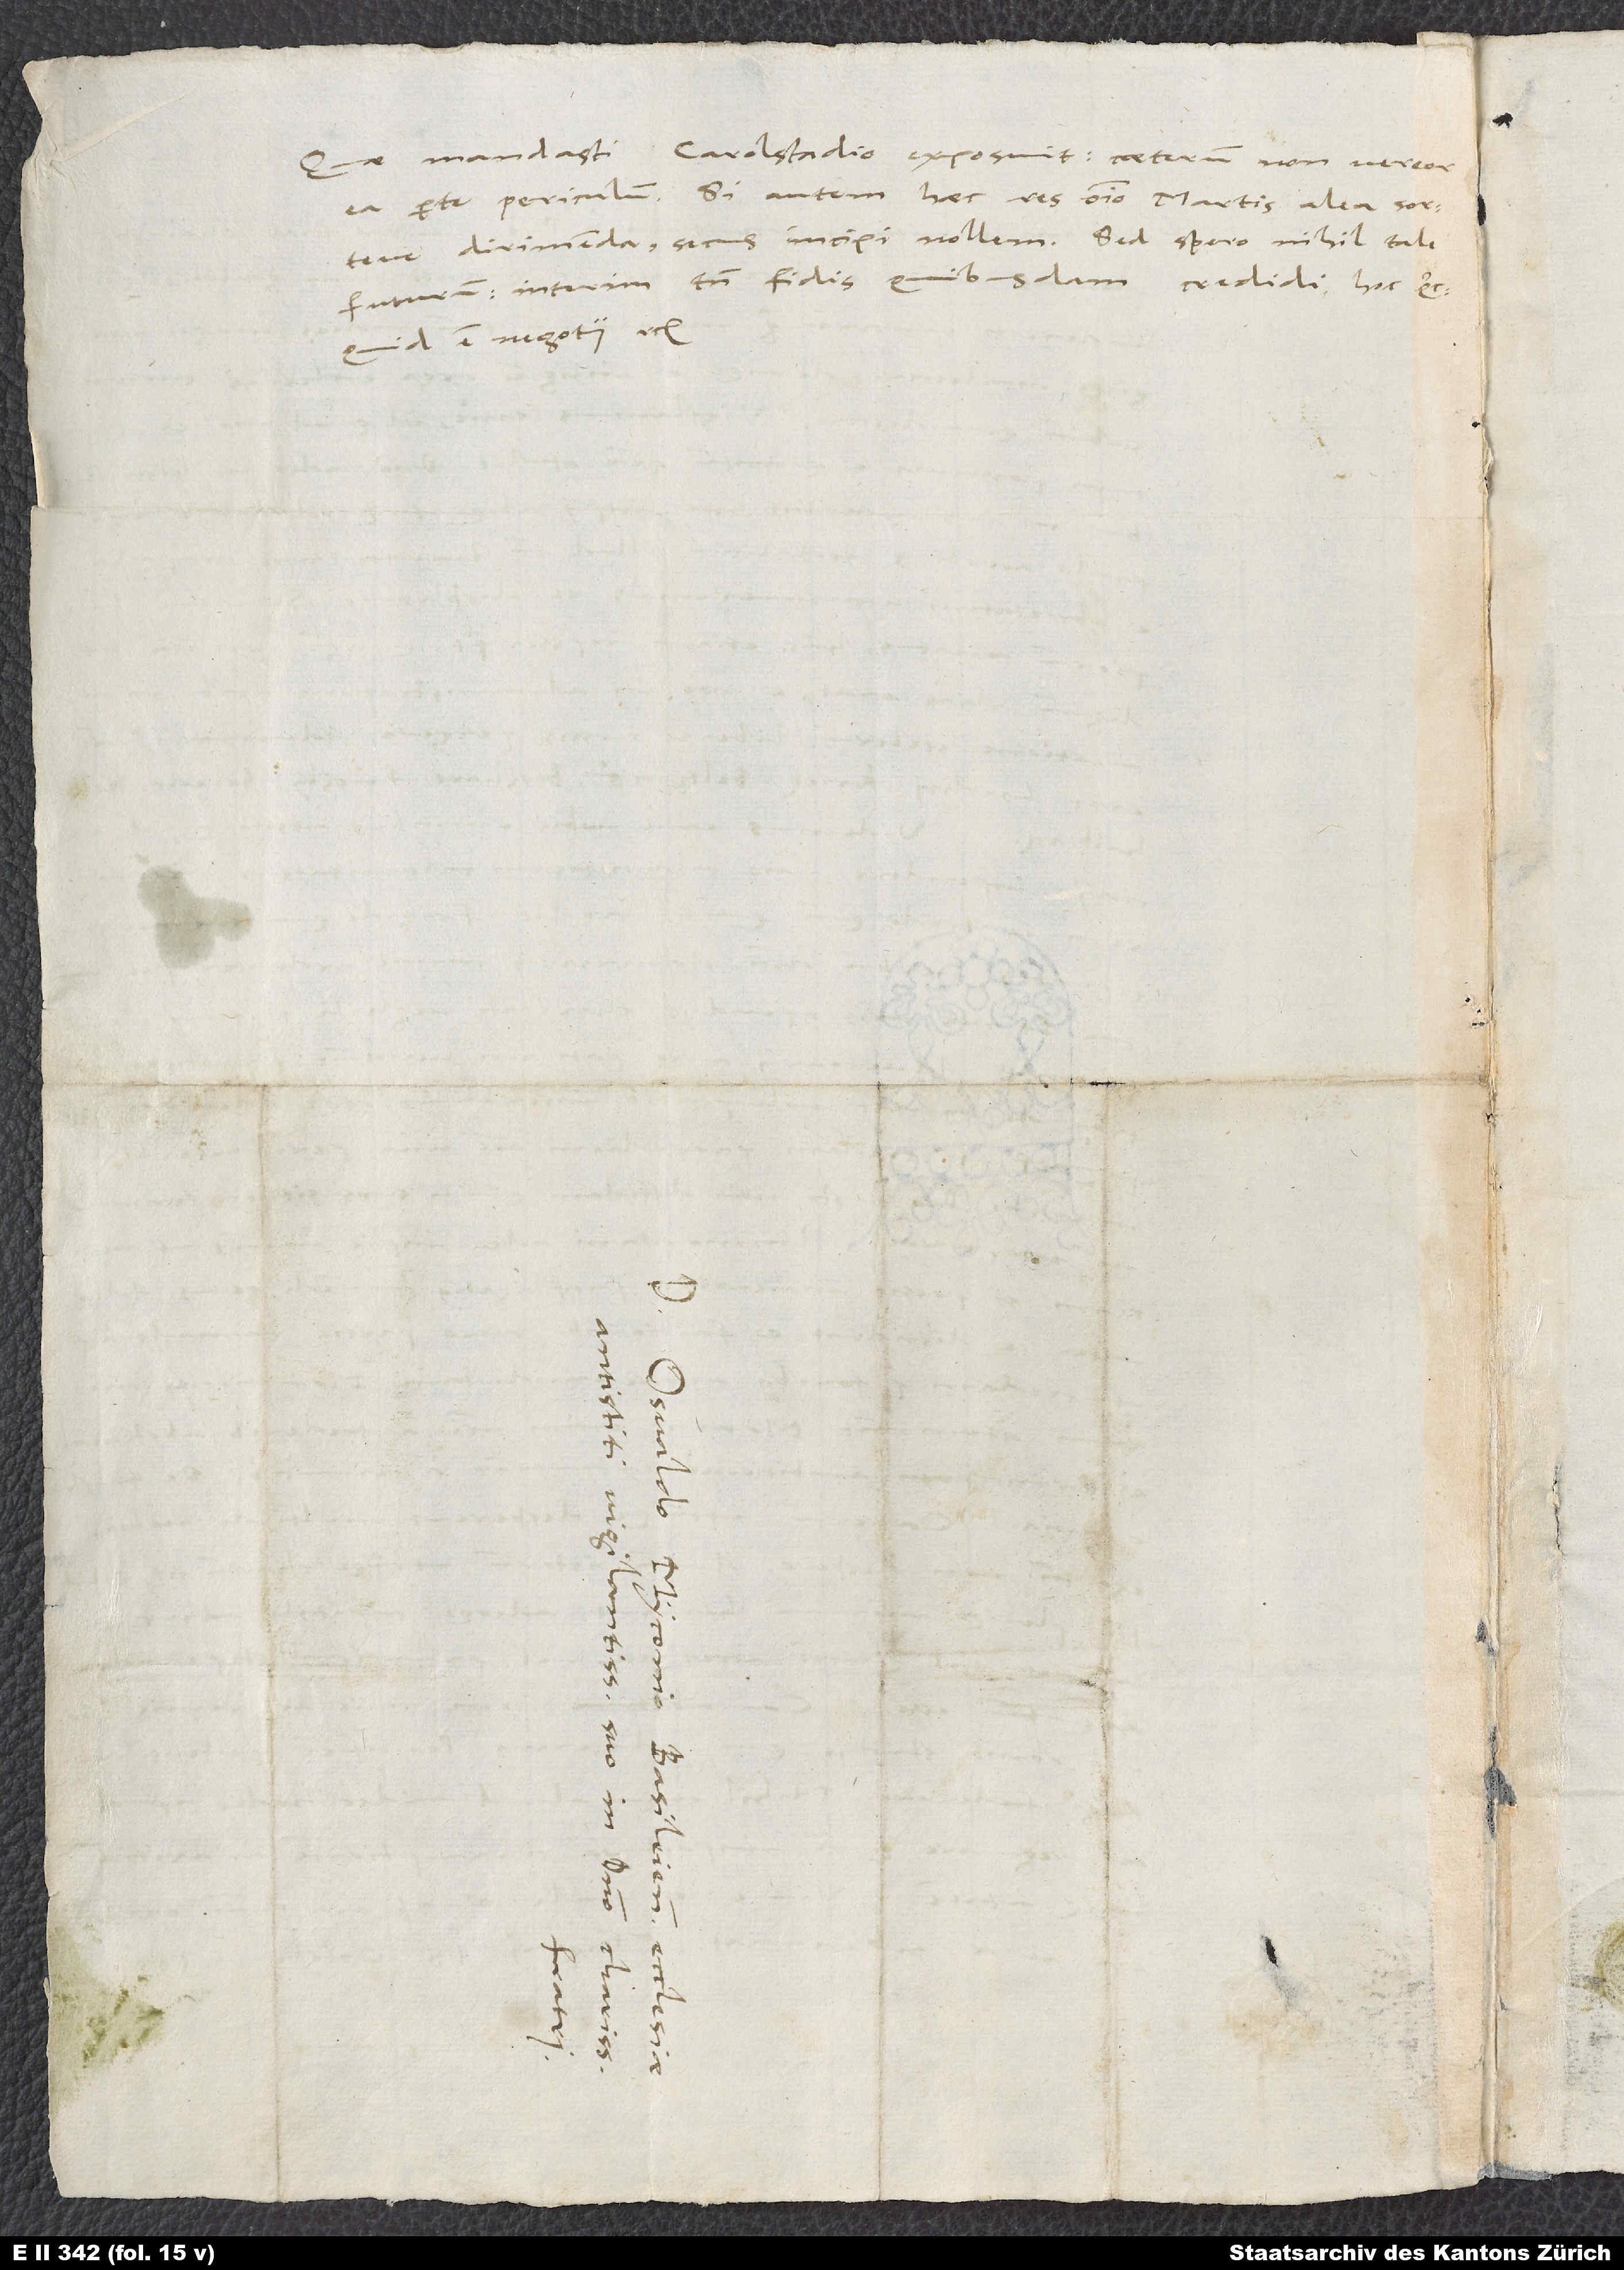
Quae mandasti Carolstadio, exposuit. Caeterum non vereor
ea parte periculum. Si autem haec res omnino Martis alea sorteve
dirimenda, secus incipi nollem. Sed spero nihil tale
futurum. Interim tamen fidis quibusdam credidi hoc, quicquid
est negotii, etc.